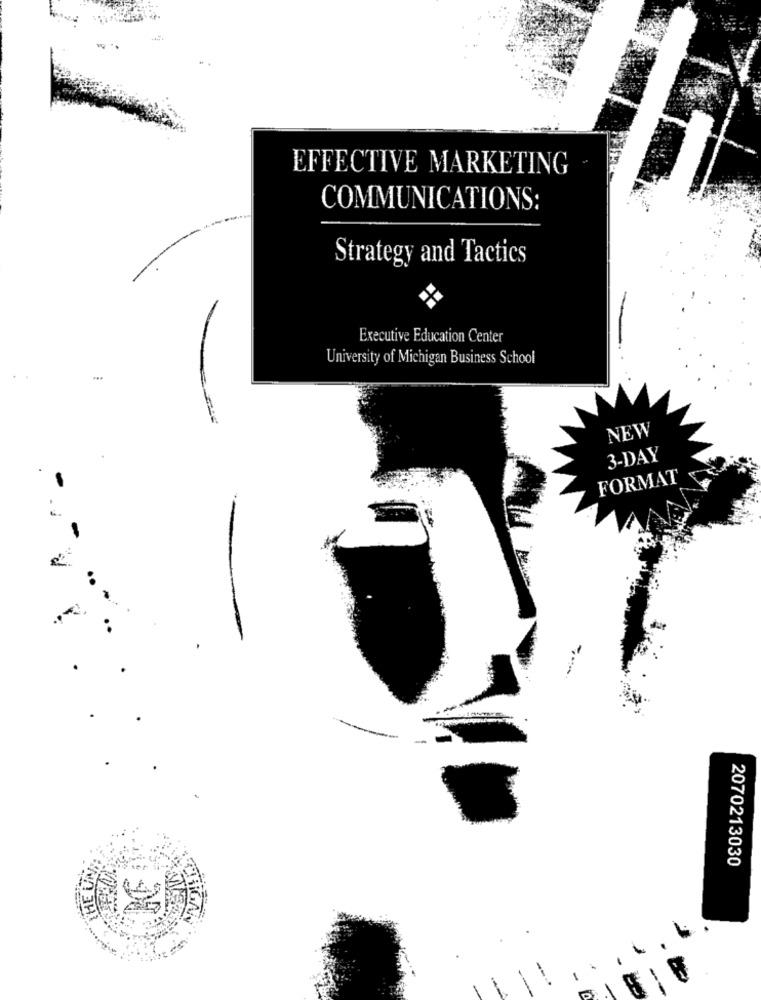
EFFECTIVE MARKETING
COMMUNICATIONS:
Strategy and Tactics
Executive Education Center
University of Michigan Business School
NEW
3-DAY
FORMAT
HE UN
2070213030